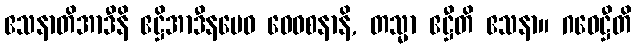
ဧသနာတိအာဒီနိ ဧဋ္ဌိအာဒီနမေဝ ဝေဝစနာနိ, တသ္မာ ဧဋ္ဌီတိ ဧသနာ။ ဂဝေဋ္ဌီတိ